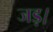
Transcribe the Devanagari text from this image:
जड़।